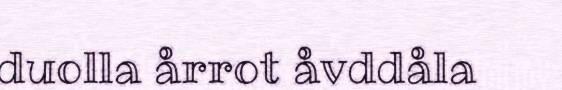
duolla årrot åvddåla